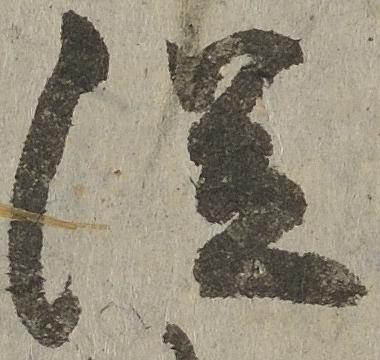
従